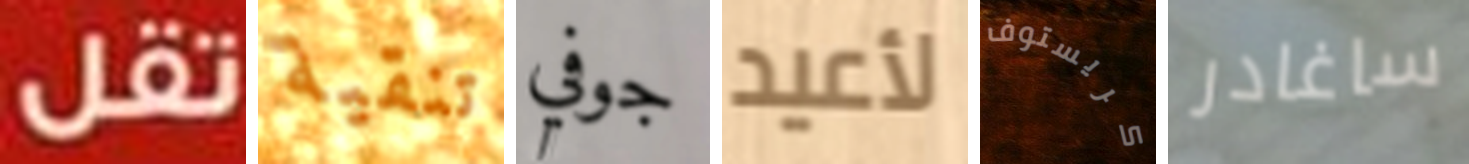
تقل تنقية جوفي لأعيد كريستوف ساغادر